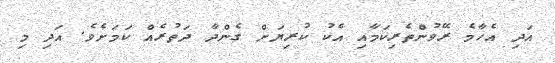
އަދި އެހާމެ ރޭވުންތެރިކަމާއި އެކު ކުރިޔަށް ގެންދާ ދަތުރެއް ކަމަށެވެ. އަދި މި